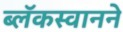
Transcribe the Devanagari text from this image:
ब्लॅकस्वानने